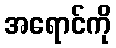
အရောင်ကို